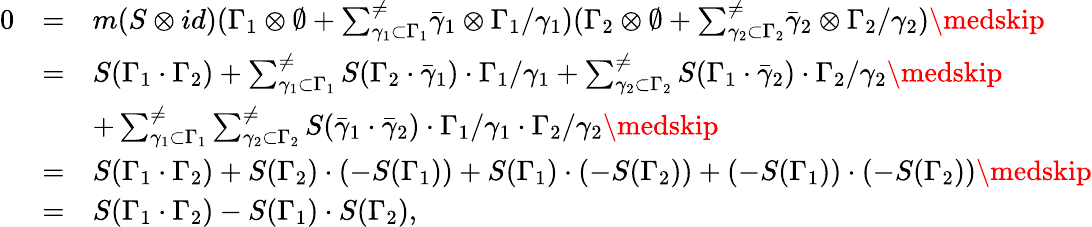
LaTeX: \begin{array}{lll}{{0}}&{{=}}&{{m(S\otimes id)(\Gamma_{1}\otimes\emptyset+{\sum_{\gamma_{1}\subset\Gamma_{1}}^{\neq}}\bar{\gamma}_{1}\otimes\Gamma_{1}/\gamma_{1})(\Gamma_{2}\otimes\emptyset+{\sum_{\gamma_{2}\subset\Gamma_{2}}^{\neq}}\bar{\gamma}_{2}\otimes\Gamma_{2}/\gamma_{2})\medskip}}\\ {{}}&{{=}}&{{S(\Gamma_{1}\cdot\Gamma_{2})+\sum_{\gamma_{1}\subset\Gamma_{1}}^{\neq}S(\Gamma_{2}\cdot\bar{\gamma}_{1})\cdot\Gamma_{1}/\gamma_{1}+\sum_{\gamma_{2}\subset\Gamma_{2}}^{\neq}S(\Gamma_{1}\cdot\bar{\gamma}_{2})\cdot\Gamma_{2}/\gamma_{2}\medskip}}\\ {{}}&{{}}&{{+\sum_{\gamma_{1}\subset\Gamma_{1}}^{\neq}\sum_{\gamma_{2}\subset\Gamma_{2}}^{\neq}S(\bar{\gamma}_{1}\cdot\bar{\gamma}_{2})\cdot\Gamma_{1}/\gamma_{1}\cdot\Gamma_{2}/\gamma_{2}\medskip}}\\ {{}}&{{=}}&{{S(\Gamma_{1}\cdot\Gamma_{2})+S(\Gamma_{2})\cdot(-S(\Gamma_{1}))+S(\Gamma_{1})\cdot(-S(\Gamma_{2}))+(-S(\Gamma_{1}))\cdot(-S(\Gamma_{2}))\medskip}}\\ {{}}&{{=}}&{{S(\Gamma_{1}\cdot\Gamma_{2})-S(\Gamma_{1})\cdot S(\Gamma_{2}),}}\end{array}